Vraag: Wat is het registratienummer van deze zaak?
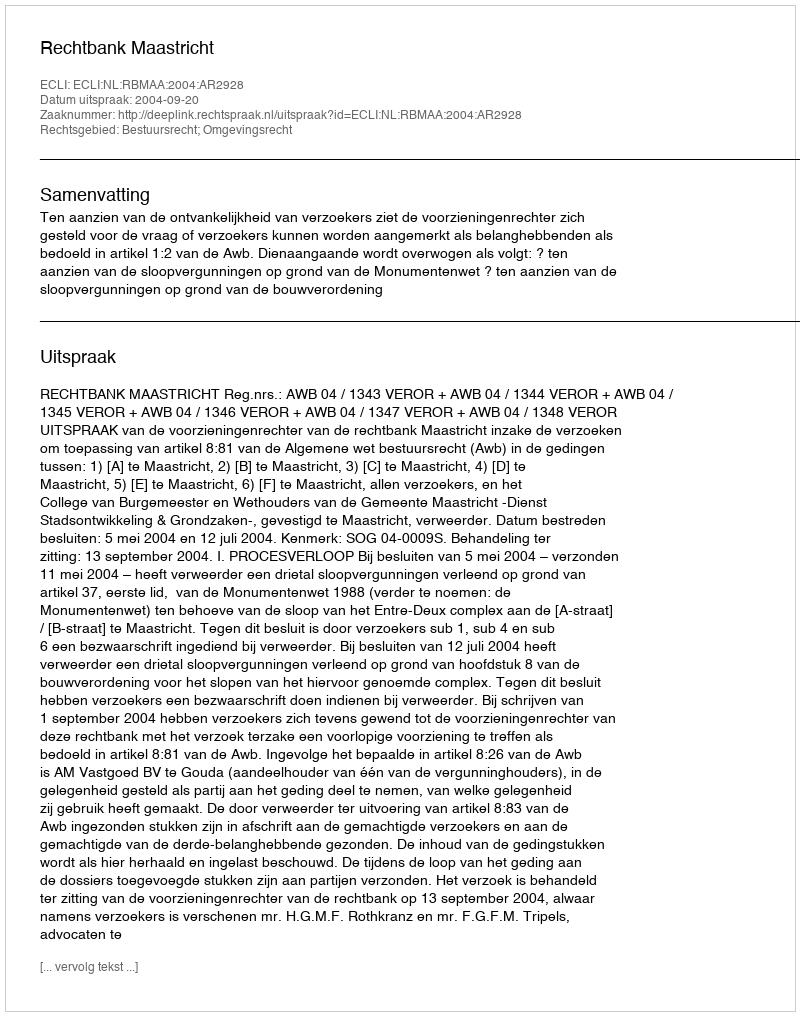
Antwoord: http://deeplink.rechtspraak.nl/uitspraak?id=ECLI:NL:RBMAA:2004:AR2928